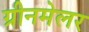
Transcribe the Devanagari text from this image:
ग्रीनमेलर